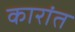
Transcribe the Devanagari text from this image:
कारांत